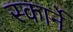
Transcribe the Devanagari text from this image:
स्कार्ने